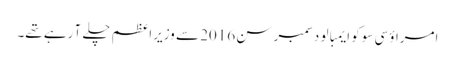
امراؤ سی سوکو ایمبالو دسمبر سن 2016 سے وزیراعظم چلے آ رہے تھے۔